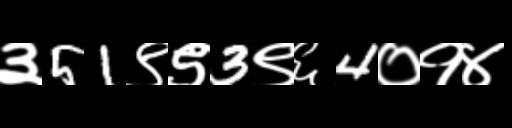
Text: ३51९९3९६4०१४